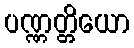
ပဏ္ဏတ္တိယော